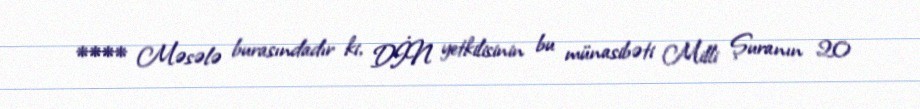
**** Məsələ burasındadır ki, DİN yetkilisinin bu münasibəti Milli Şuranın 20